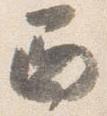
西